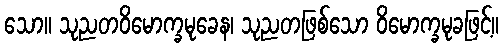
သော။ သုညတဝိမောက္ခမုခေန၊ သုညတဖြစ်သော ဝိမောက္ခမုခဖြင့်။